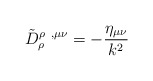
\begin{align*}\tilde D^{\rho\;\; ,\mu\nu}_\rho=-\frac{\eta_{\mu\nu}}{k^2}\end{align*}